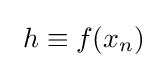
\ h\equiv f(x_{n})\